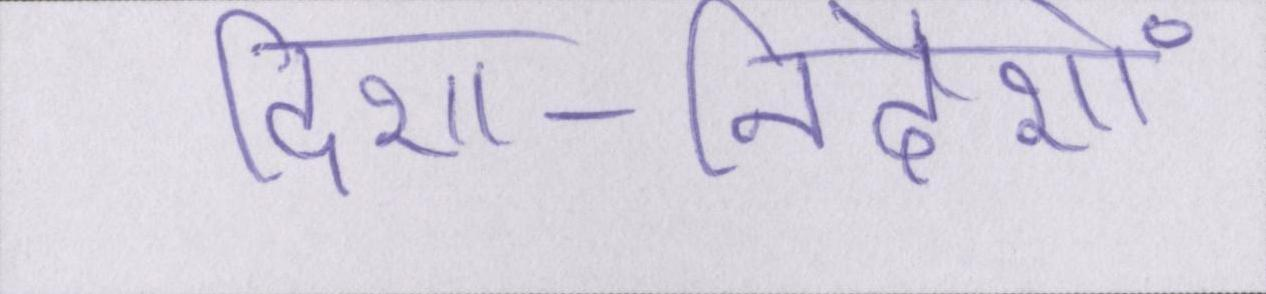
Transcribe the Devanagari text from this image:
दिशा-निर्देशों